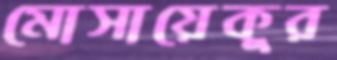
মোসায়েকুর